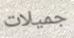
جميلات